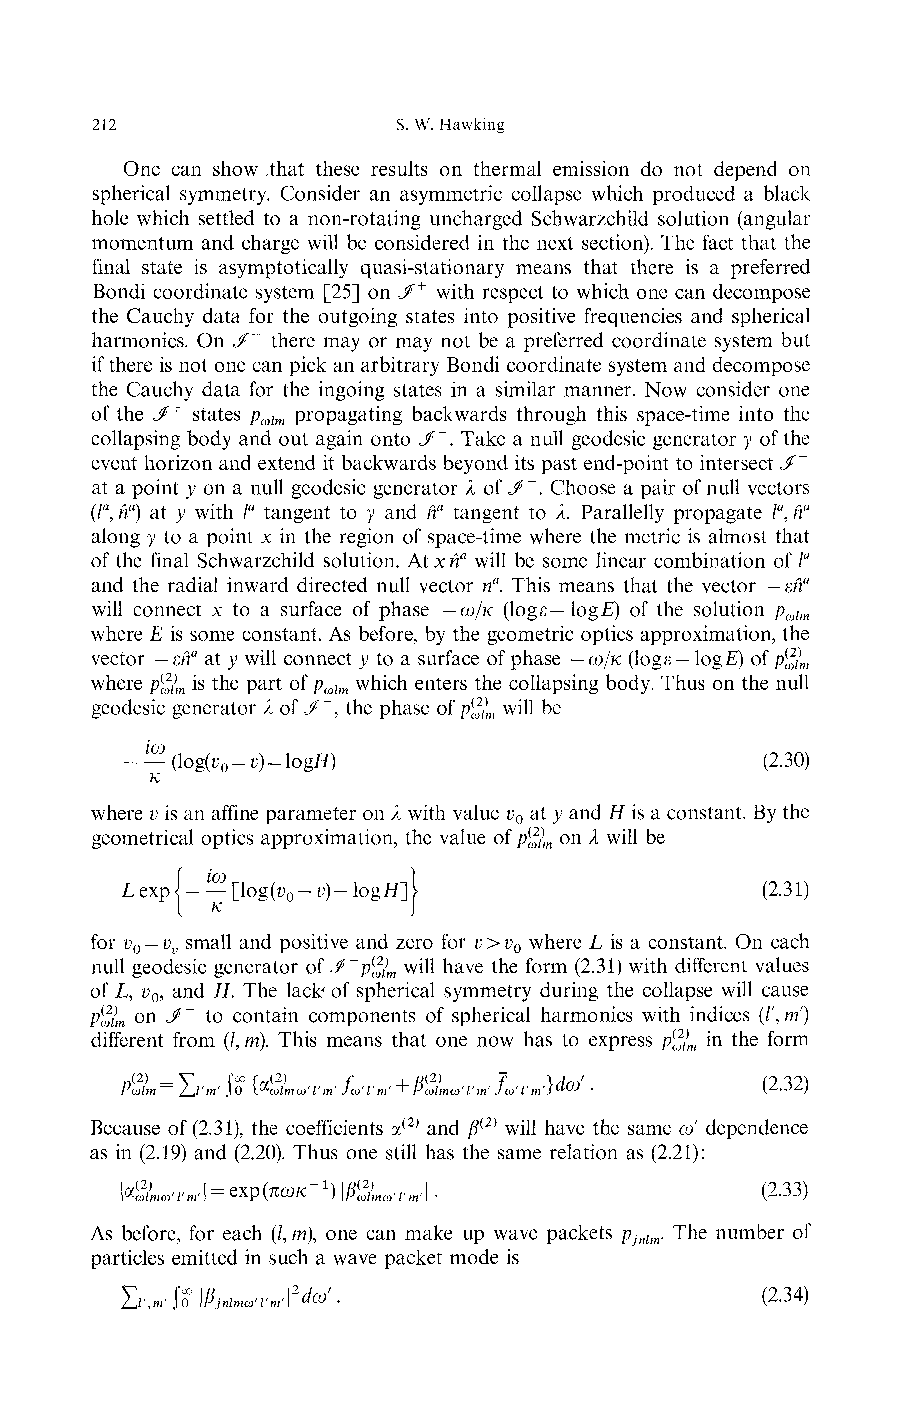
212                 S. W. Hawking
 One can show .that these results on thermal emission do not depend on
 spherical symmetry. Consider an asymmetric collapse which produced a black
 hole which settled to a non-rotating uncharged Schwarzchild solution (angular
 momentum and charge will be considered in the next section). The fact that the
 final state is asymptotically quasi-stationary means that there is a preferred
 Bondi coordinate system [25] on </+ with respect to which one can decompose
 the Cauchy data for the outgoing states into positive frequencies and spherical
 harmonics. On J~ there may or may not be a preferred coordinate system but
 if there is not one can pick an arbitrary Bondi coordinate system and decompose
 the Cauchy data for the ingoing states in a similar manner. Now consider one
 of the ,/+ states p propagating backwards through this space-time into the
 ωlm
 collapsing body and out again onto «/". Take a null geodesic generator γ of the
 event horizon and extend it backwards beyond its past end-point to intersect </"
 at a point y on a null geodesic generator λ of J^~. Choose a pair of null vectors
 (la, ήa) at y with la tangent to y and ήa tangent to λ. Parallelly propagate /α, na
 along y to a point x in the region of space-time where the metric is almost that
 of the final Schwarzchild solution. At x ήa will be some linear combination of /"
 and the radial inward directed null vector na. This means that the vector — εήa
 will connect x to a surface of phase —ω/κ (logε — logE) of the solution p
 ωlm
 where E is some constant. As before, by the geometric optics approximation, the
 vector — ma at y will connect y to a surface of phase — ω/κ (logε — logE) of p(^
 m
 where p^ is the part of p which enters the collapsing body. Thus on the null
 m        ωlm
 geodesic generator λ of«/", the phase of p$ will be
 m
 - — (logK-ι )-logtf)                       (2.30)
 K
 where υ is an affine parameter on λ with value υ at y and H is a constant. By the
 0
 geometrical optics approximation, the value of p$ on λ will be
 m
 Lexp{-™[log(ι>o-ι>)-logH]j                (2.31)
 for VQ — v small and positive and zero for v > v where L is a constant. On each
 v                     0
 null geodesic generator of <#~p(ωϊ w^ have the form (2.31) with different values
 m
 of L, VQ, and H. The lack' of spherical symmetry during the collapse will cause
 Pωίm on </" to contain components of spherical harmonics with indices (/', m'}
 different from (/, m). This means that one now has to express p(^ in the form
 m
 Pωlm~ LJ'm' Jo l^ωlmω'Γm' Jω'Γm' + Pωlmω'Γm' Jω'l'm'ί^ω (2.32)
 Because of (2.31), the coefficients α(2) and β(2) will have the same ω' dependence
 as in (2.19) and (2.20). Thus one still has the same relation as (2.21):
 lαSmωTm' =exp(πωκΓ1) \β(^ ' '\.           (2.33)
 mωΊm
 As before, for each (/, m), one can make up wave packets p . The number of
 jnlm
 particles emitted in such a wave packet mode is
 L ,» ίol/Wr» l2dω'.                      (234)